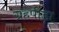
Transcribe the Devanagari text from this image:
ग्रहपीड़ा